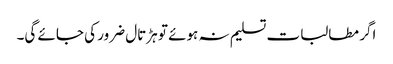
اگر مطالبات تسلیم نہ ہوئے تو ہڑتال ضرور کی جائے گی۔